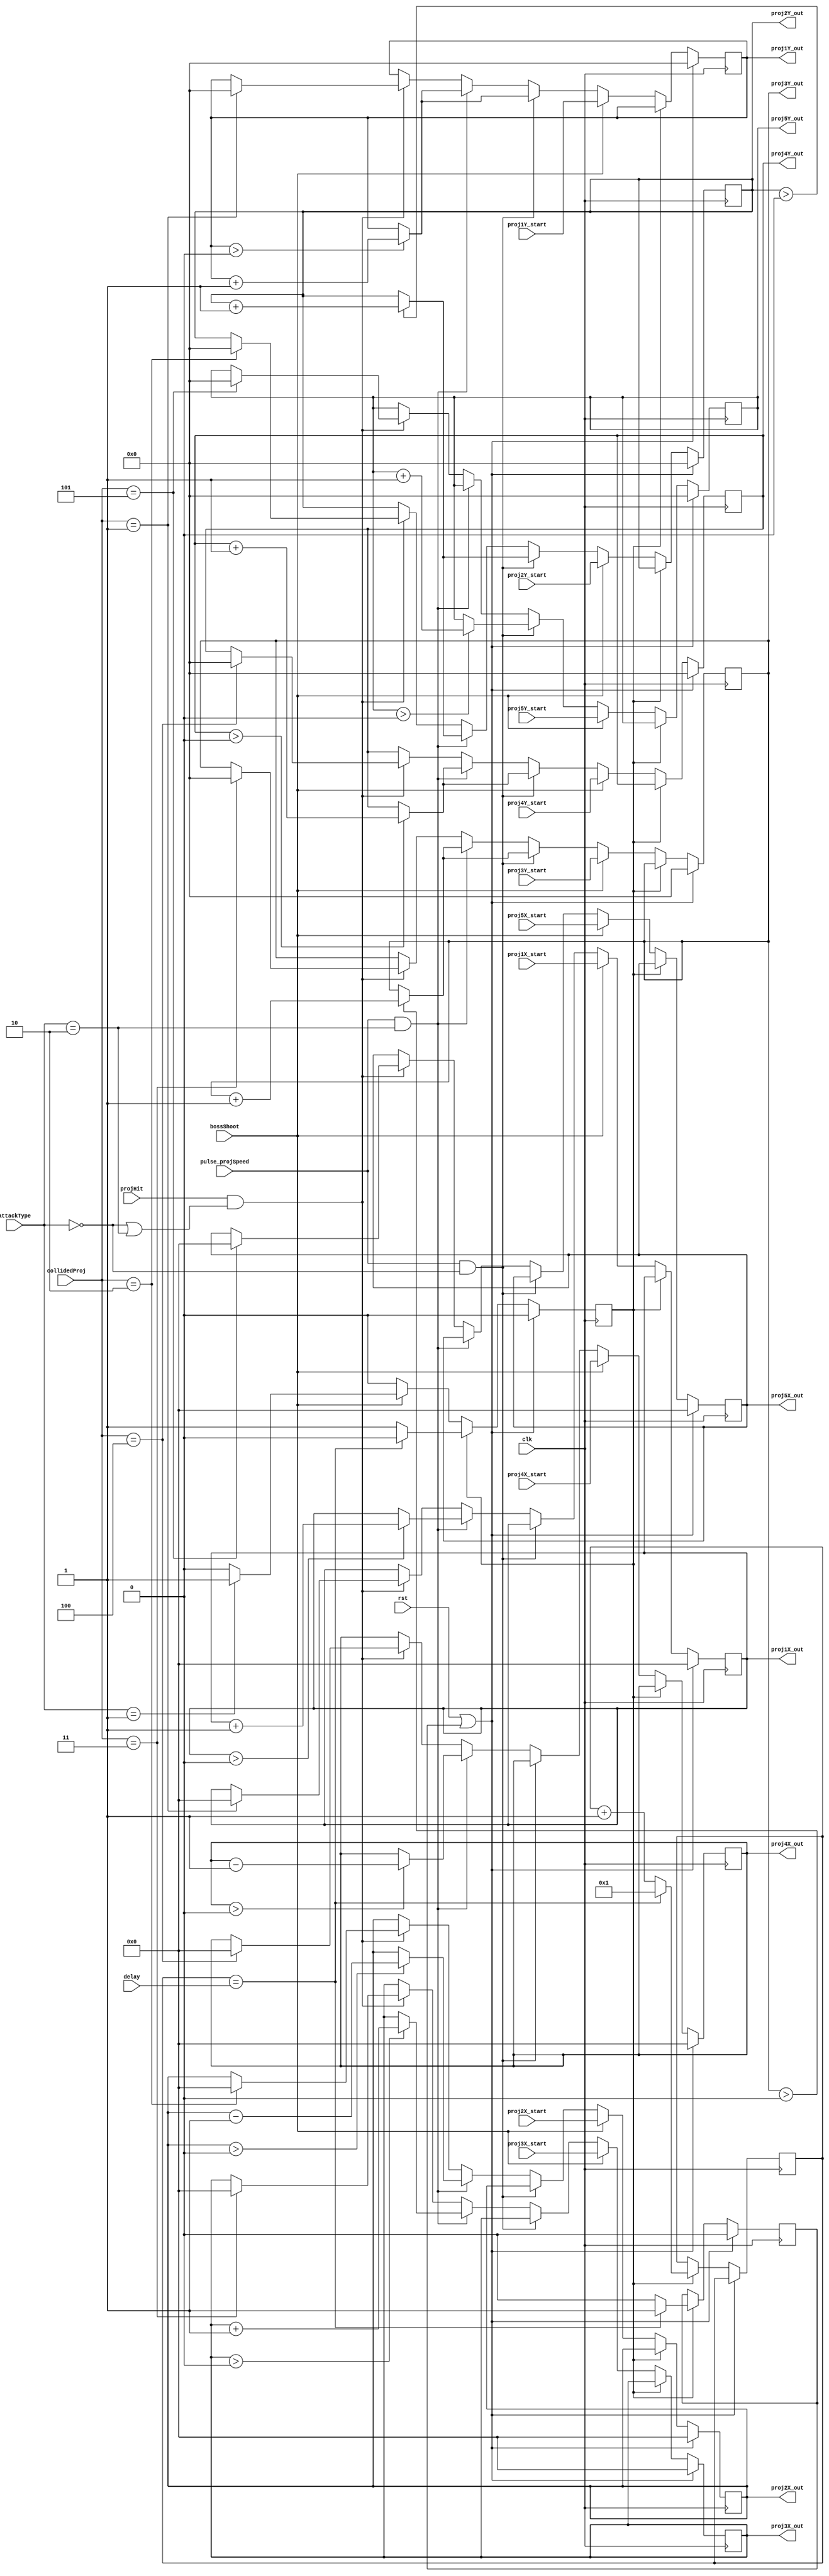
`timescale 1ns / 1ps
//////////////////////////////////////////////////////////////////////////////////
// Company: 
// Engineer: 
// 
// Design Name: 
// Module Name:    bossProjHandler 
// Project Name: 
// Target Devices: 
// Tool versions: 
// Description: 
//
// Dependencies: 
//
// Revision: 
// Revision 0.01 - File Created
// Additional Comments: 
//
//////////////////////////////////////////////////////////////////////////////////
module bossProjHandler(clk, rst, pulse_projSpeed, bossShoot, projHit, collidedProj, attackType, delay,
	proj1X_start, proj1Y_start, proj2X_start, proj2Y_start, proj3X_start, proj3Y_start,
	proj4X_start, proj4Y_start, proj5X_start, proj5Y_start,
	proj1X_out, proj1Y_out, proj2X_out, proj2Y_out, proj3X_out, proj3Y_out,
	proj4X_out, proj4Y_out, proj5X_out, proj5Y_out
    );
	input clk, rst, pulse_projSpeed, bossShoot, projHit;
	input [1:0] attackType;
	input [31:0] delay;
	input [2:0] collidedProj;
	input [9:0] proj1X_start, proj2X_start, proj3X_start, proj4X_start, proj5X_start;
	input [8:0] proj1Y_start, proj2Y_start, proj3Y_start, proj4Y_start, proj5Y_start;
	output reg [9:0] proj1X_out, proj2X_out, proj3X_out, proj4X_out, proj5X_out;
	output reg [8:0] proj1Y_out, proj2Y_out, proj3Y_out, proj4Y_out, proj5Y_out;
	
	parameter STEP = 1'b1;
	reg [31:0] timer = 1;
    reg waitSignal = 0;
    reg turnOffBeam = 0;
	
	always @ (posedge clk) begin
		if (rst || turnOffBeam) begin
            if (turnOffBeam == 1)
                turnOffBeam <= 0;
			proj1X_out <= 0;
			proj1Y_out <= 0;
			proj2X_out <= 0;
			proj2Y_out <= 0;
			proj3X_out <= 0;
			proj3Y_out <= 0;
			proj4X_out <= 0;
			proj4Y_out <= 0;
			proj5X_out <= 0;
			proj5Y_out <= 0;
			waitSignal <= 0;
		end
        else if (waitSignal) begin
			timer <= timer + 1;
			if (timer == delay) begin
				turnOffBeam <= 1;
				waitSignal <= 0;
                timer <= 1;
			end
			else
				turnOffBeam <= 0;
		end
		else if (bossShoot) begin
			if (attackType == 2'b01) begin
				waitSignal <= 1;
			end
			proj1X_out <= proj1X_start;
			proj1Y_out <= proj1Y_start;
			proj2X_out <= proj2X_start;
			proj2Y_out <= proj2Y_start;
			proj3X_out <= proj3X_start;
			proj3Y_out <= proj3Y_start;
			proj4X_out <= proj4X_start;
			proj4Y_out <= proj4Y_start;
			proj5X_out <= proj5X_start;
			proj5Y_out <= proj5Y_start;		
		end
		else if (pulse_projSpeed && attackType == 2'b00) begin
			if (proj1Y_out > 0) proj1Y_out <= proj1Y_out + STEP;
			if (proj2Y_out > 0) proj2Y_out <= proj2Y_out + STEP;
			if (proj3Y_out > 0) proj3Y_out <= proj3Y_out + STEP;
			if (proj4Y_out > 0) proj4Y_out <= proj4Y_out + STEP;
			if (proj5Y_out > 0) proj5Y_out <= proj5Y_out + STEP;
		end
		else if (pulse_projSpeed && attackType == 2'b10) begin
			if (proj1X_out > 0) proj1X_out <= proj1X_out + STEP;
			if (proj1Y_out > 0) proj1Y_out <= proj1Y_out + STEP;
			if (proj2X_out > 0) proj2X_out <= proj2X_out - STEP;
			if (proj2Y_out > 0) proj2Y_out <= proj2Y_out + STEP;
			if (proj3X_out > 0) proj3X_out <= proj3X_out + STEP;
			if (proj3Y_out > 0) proj3Y_out <= proj3Y_out + STEP;
			if (proj4X_out > 0) proj4X_out <= proj4X_out - STEP;
			if (proj4Y_out > 0) proj4Y_out <= proj4Y_out + STEP;
		end
		else if (projHit && (attackType == 2'b00 || attackType == 2'b10)) begin
			if (collidedProj == 1) begin
				proj1X_out <= 0;
				proj1Y_out <= 0;
			end
			if (collidedProj == 2) begin
				proj2X_out <= 0;
				proj2Y_out <= 0;
			end
			if (collidedProj == 3) begin
				proj3X_out <= 0;
				proj3Y_out <= 0;
			end
			if (collidedProj == 4) begin
				proj4X_out <= 0;
				proj4Y_out <= 0;
			end
			if (collidedProj == 5) begin
				proj5X_out <= 0;
				proj5Y_out <= 0;
			end
		end
	end

    /*
	always @ (posedge clk) begin
		if (waitSignal) begin
			timer <= timer + 1;
			if (timer == delay) begin
				turnOffBeam <= 1;
				waitSignal <= 0;
                timer <= 1;
			end
			else
				turnOffBeam <= 0;
		end
	end
    */

endmodule